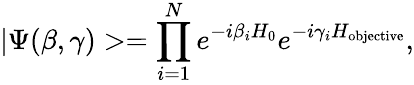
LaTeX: |\Psi({\mathbf\beta},{\mathbf\gamma})>=\prod_{i=1}^{N}e^{-i\beta_{i}H_{0}}e^{-i\gamma_{i}H_{\mathrm{objective}}},